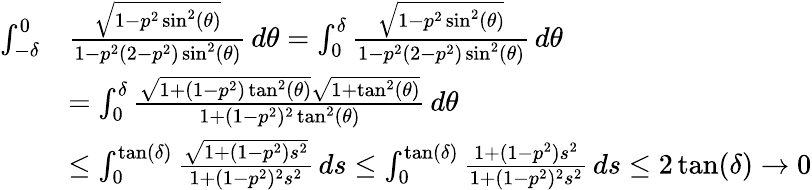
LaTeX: \begin{array}{rl}{\int_{-\delta}^{0}}&{\frac{\sqrt{1-p^{2}\sin^{2}(\theta)}}{1-p^{2}(2-p^{2})\sin^{2}(\theta)}\, d\theta=\int_{0}^{\delta}\frac{\sqrt{1-p^{2}\sin^{2}(\theta)}}{1-p^{2}(2-p^{2})\sin^{2}(\theta)}\, d\theta}\\ &{=\int_{0}^{\delta}\frac{\sqrt{1+(1-p^{2})\tan^{2}(\theta)}\sqrt{1+\tan^{2}(\theta)}}{1+(1-p^{2})^{2}\tan^{2}(\theta)}\, d\theta}\\ &{\leq\int_{0}^{\tan(\delta)}\frac{\sqrt{1+(1-p^{2})s^{2}}}{1+(1-p^{2})^{2}s^{2}}\, ds\leq\int_{0}^{\tan(\delta)}\frac{1+(1-p^{2})s^{2}}{1+(1-p^{2})^{2}s^{2}}\, ds\leq 2\tan(\delta)\to 0}\end{array}